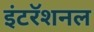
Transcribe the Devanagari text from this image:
इंटरॅशनल